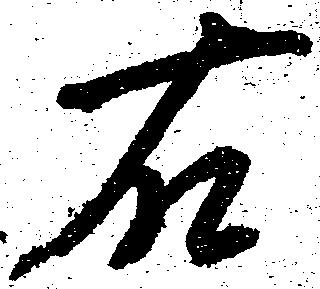
右